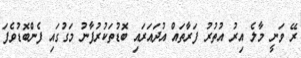
ރޭ ވަނީ މާލެ އިރު އުތުރު ފަރާތައް އުދައަރައި ބޮޑުތަކުރުފާނު މަގުގައި ފެންބޮޑުވެފަ